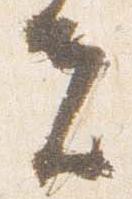
夫